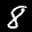
Label: 8